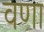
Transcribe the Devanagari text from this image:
वणा